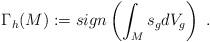
LaTeX: \begin{align*} \Gamma_{h}(M):= sign\left(\int_M s_g dV_g \right)\; . \end{align*}